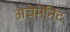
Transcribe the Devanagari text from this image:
अचेमेनिद